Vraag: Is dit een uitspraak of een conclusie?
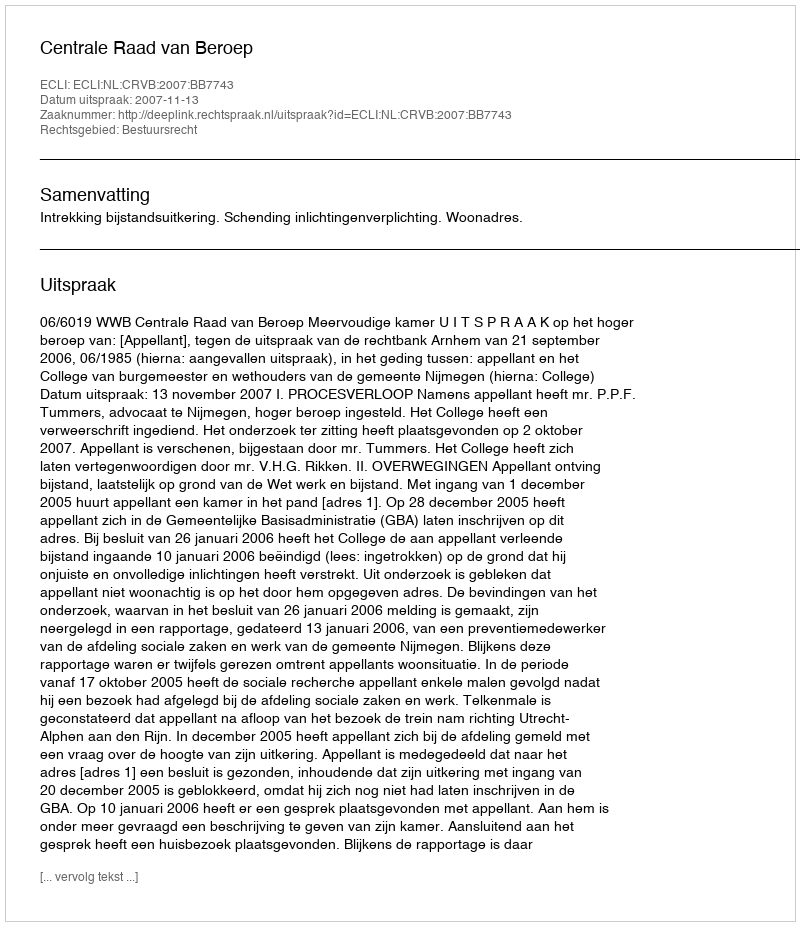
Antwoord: Uitspraak